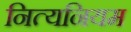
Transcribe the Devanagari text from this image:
नित्यनियम